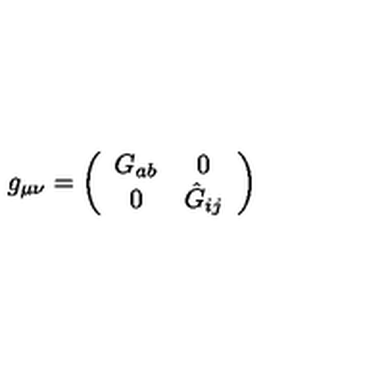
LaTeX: g _ { \mu \nu } = \left( \begin{array} { c c } { G _ { a b } } & { 0 } \\ { 0 } & { \hat { G } _ { i j } } \\ \end{array} \right)